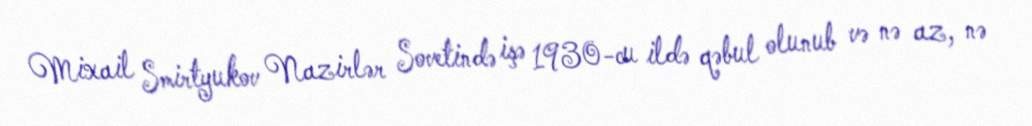
Mixail Smirtyukov Nazirlər Sovetində işə 1930-cu ildə qəbul olunub və nə az, nə